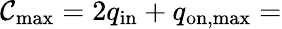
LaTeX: \mathcal{C}_{\mathrm{{max}}}=2q_{\mathrm{{in}}}+q_{\mathrm{{on,max}}}=